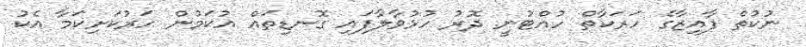
ނުކުތް ފާއިޒާގެ ހަރަކާތް ހުއްޓުނީ ދޮރު ހުޅުވާލާފައި ގޮނޑިތައް އުކަމުން ހަރުކަށިކަމާ އެކު